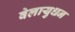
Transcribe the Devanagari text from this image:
वेलायुधन